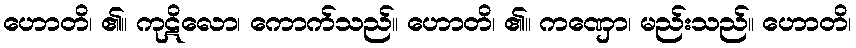
ဟောတိ၊ ၏။ ကုဋိလော၊ ကောက်သည်။ ဟောတိ၊ ၏။ ကဏှော၊ မည်းသည်။ ဟောတိ၊